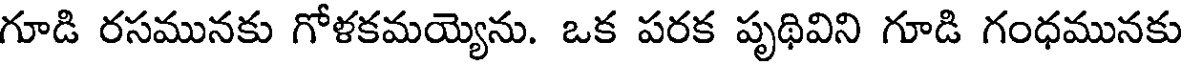
గూడి రసమునకు గోళకమయ్యెను. ఒక పరక పృథివిని గూడి గంధమునకు